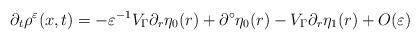
LaTeX: \begin{align*} \partial_t\rho^\varepsilon(x,t) = -\varepsilon^{-1}V_\Gamma\partial_r\eta_0(r)+\partial^\circ\eta_0(r)-V_\Gamma\partial_r\eta_1(r)+O(\varepsilon)\end{align*}